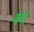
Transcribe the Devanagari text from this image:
मंगो